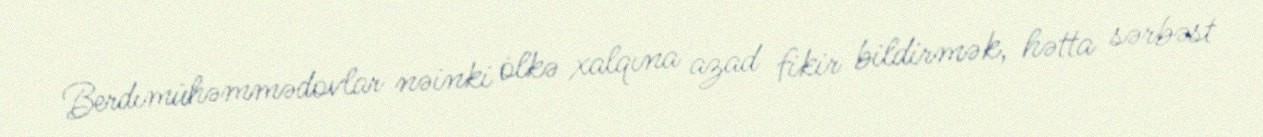
Berdımühəmmədovlar nəinki ölkə xalqına azad fikir bildirmək, hətta sərbəst